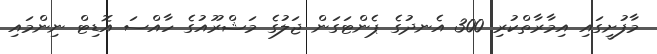
މާފުށީގައި އިމާރާތްކުރި 300 އެނދުގެ ޕެންޓަގަން ޖަލުގެ މަޝްރޫއުގެ ހާއްސަ އޮޑިޓް ނިންމައި